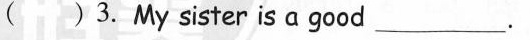
( ) 3.My sister is a good ___